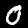
Label: 0